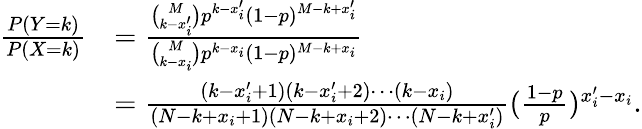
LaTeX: \begin{array}{rl}{\frac{P(Y=k)}{P(X=k)}}&{=\frac{{\binom{M}{k-x_{i}^{\prime}}}p^{k-x_{i}^{\prime}}(1-p)^{M-k+x_{i}^{\prime}}}{{\binom{M}{k-x_{i}}}p^{k-x_{i}}(1-p)^{M-k+x_{i}}}}\\ &{=\frac{(k-x_{i}^{\prime}+1)(k-x_{i}^{\prime}+2)\cdots(k-x_{i})}{(N-k+x_{i}+1)(N-k+x_{i}+2)\cdots(N-k+x_{i}^{\prime})}(\frac{1-p}{p})^{x_{i}^{\prime}-x_{i}}.}\end{array}